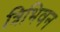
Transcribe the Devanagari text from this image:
त्रिभिवन